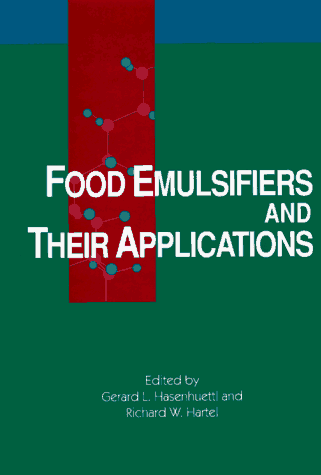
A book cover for Food Emulsifiers and Their Applications; Richard W. Hartel; Health, Fitness & Dieting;